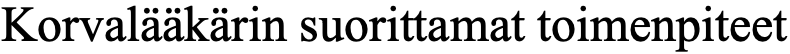
Korvalääkärin suorittamat toimenpiteet